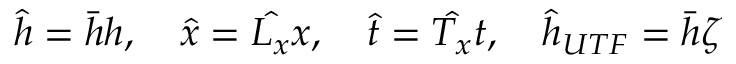
\hat { h } = \bar { h } h , \quad \hat { x } = \hat { L _ { x } } x , \quad \hat { t } = \hat { T _ { x } } t , \quad \hat { h } _ { U T F } = \bar { h } \zeta